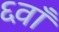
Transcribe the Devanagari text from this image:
६वाँ